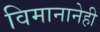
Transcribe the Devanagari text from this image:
विमानानेही